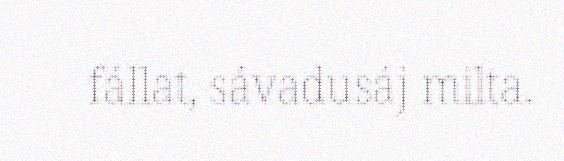
fállat, sávadusáj milta.